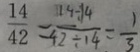
\frac { 1 4 } { 4 2 } = \frac { 1 4 \div 1 4 } { 4 2 \div 1 4 } = \frac { 1 } { 3 }